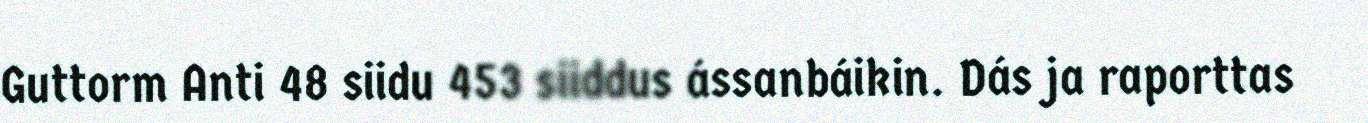
Guttorm Anti 48 siidu 453 siiddus ássanbáikin. Dás ja raporttas